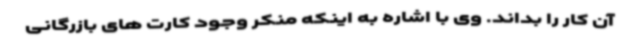
آن کار را بداند. وی با اشاره به اینکه منکر وجود کارت های بازرگانی